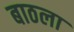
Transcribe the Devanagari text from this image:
बाठला